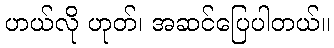
ဟယ်လို ဟုတ်၊ အဆင်ပြေပါတယ်။